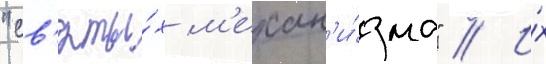
"св'яты́х м'ехан'и́зма" // И́х